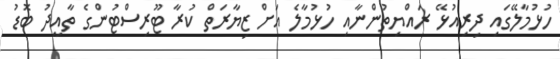
ހުޅުމާލޭގައި ދިރިއުޅޭ ރައްޔިތުންނާއި ހުޅުމާލެ އަށް ޒިޔާރަތް ކުރާ ޓޫރިސްޓުންގެ ތާއީދު ބޮޑު